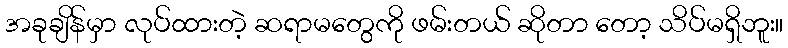
အခုချိန်မှာ လုပ်ထားတဲ့ ဆရာမတွေကို ဖမ်းတယ် ဆိုတာ တော့ သိပ်မရှိဘူး။